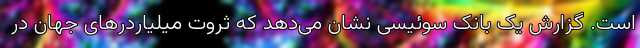
است. گزارش یک بانک سوئیسی نشان می‌دهد که ثروت میلیاردرهای جهان در